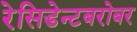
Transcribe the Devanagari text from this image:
रेसिडेन्टबरोबर